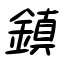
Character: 鎮